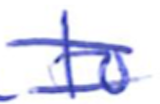
Text: to
Cross-out: double-line
Writing tool: ballpoint